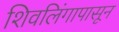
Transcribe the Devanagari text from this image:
शिवलिंगापासून